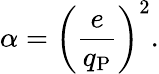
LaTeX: \alpha=\left({\frac{e}{q_{\mathrm{P}}}}\right)^{2}.